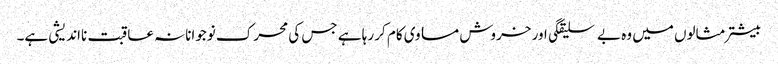
بیشتر مثالوں میں وہ بے سلیقگی اور خروش مساوی کام کر رہا ہے جس کی محرک نوجوانانہ عاقبت نااندیشی ہے۔